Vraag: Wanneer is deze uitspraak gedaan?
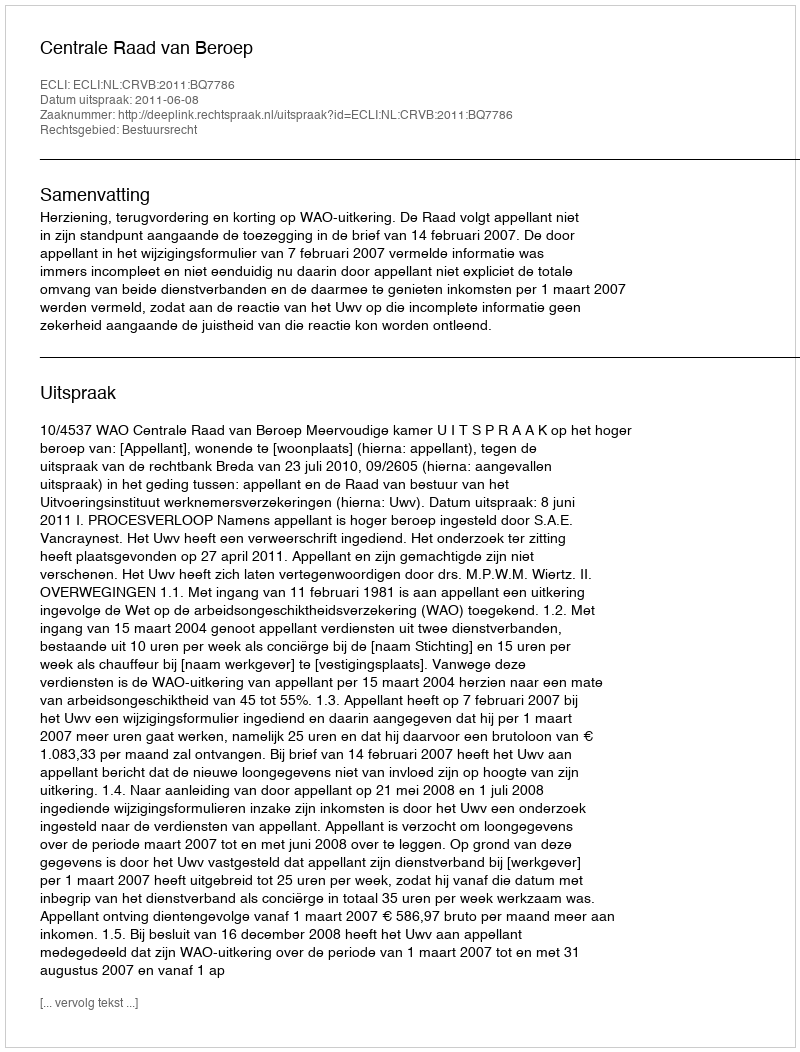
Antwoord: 2011-06-08